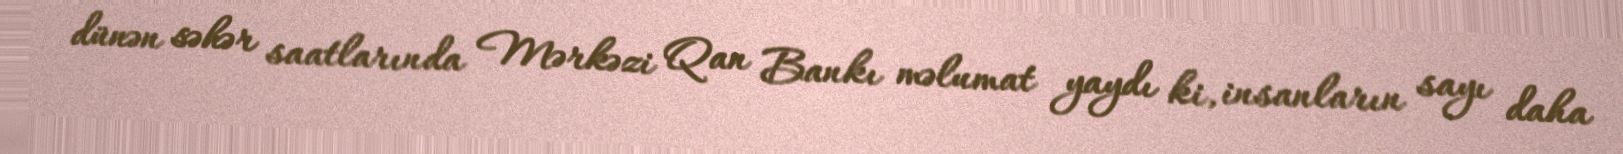
dünən səhər saatlarında Mərkəzi Qan Bankı məlumat yaydı ki, insanların sayı daha